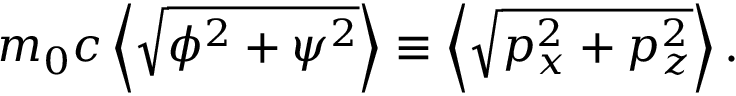
m _ { 0 } c \left\langle \sqrt { \phi ^ { 2 } + \psi ^ { 2 } } \right\rangle \equiv \left\langle \sqrt { p _ { x } ^ { 2 } + p _ { z } ^ { 2 } } \right\rangle .